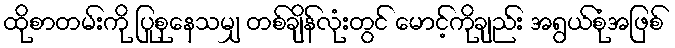
ထိုစာတမ်းကို ပြုစုနေသမျှ တစ်ချိန်လုံးတွင် မောင့်ကိုချည်း အရွယ်စုံအဖြစ်